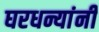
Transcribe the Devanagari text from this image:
घरधन्यांनी